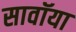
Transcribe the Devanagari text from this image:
सावॉया